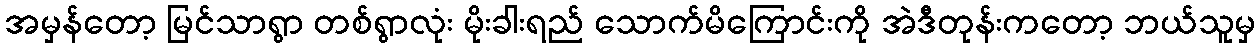
အမှန်တော့ မြင်သာရွာ တစ်ရွာလုံး မိုးခါးရည် သောက်မိကြောင်းကို အဲဒီတုန်းကတော့ ဘယ်သူမှ